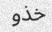
خذو